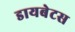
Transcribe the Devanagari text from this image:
डायबेटस